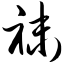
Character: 袜